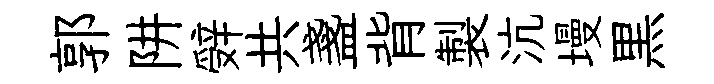
郭阱辤共盞背製沆墁黒